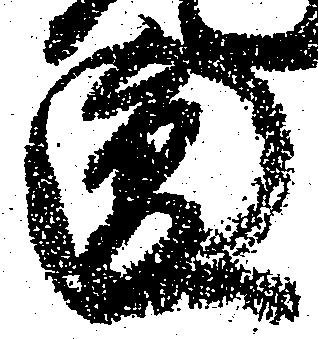
円